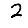
Digit: 2